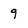
Character: 9